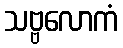
သဗ္ဗလောကံ